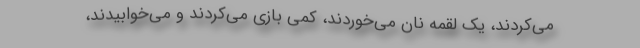
مي‌كردند، يك لقمه نان مي‌خوردند، كمي بازي مي‌كردند و مي‌خوابيدند،